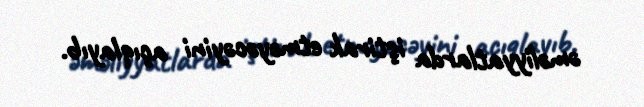
əməliyyatlarda iştirak etməyəcəyini açıqlayıb.